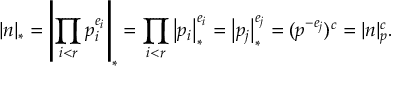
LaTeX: | n | _ { * } = \left| \prod _ { i < r } p _ { i } ^ { e _ { i } } \right| _ { * } = \prod _ { i < r } \left| p _ { i } \right| _ { * } ^ { e _ { i } } = \left| p _ { j } \right| _ { * } ^ { e _ { j } } = ( p ^ { - e _ { j } } ) ^ { c } = | n | _ { p } ^ { c } .